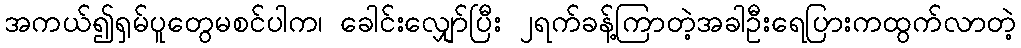
အကယ်၍ရှမ်ပူတွေမစင်ပါက၊ ခေါင်းလျှော်ပြီး ၂ရက်ခန့်ကြာတဲ့အခါဦးရေပြားကထွက်လာတဲ့